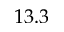
1 3 . 3